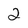
Character: 2